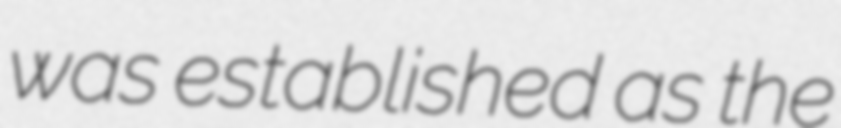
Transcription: was established as the